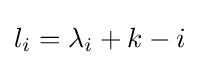
l_{i}=\lambda _{i}+k-i